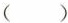
（）